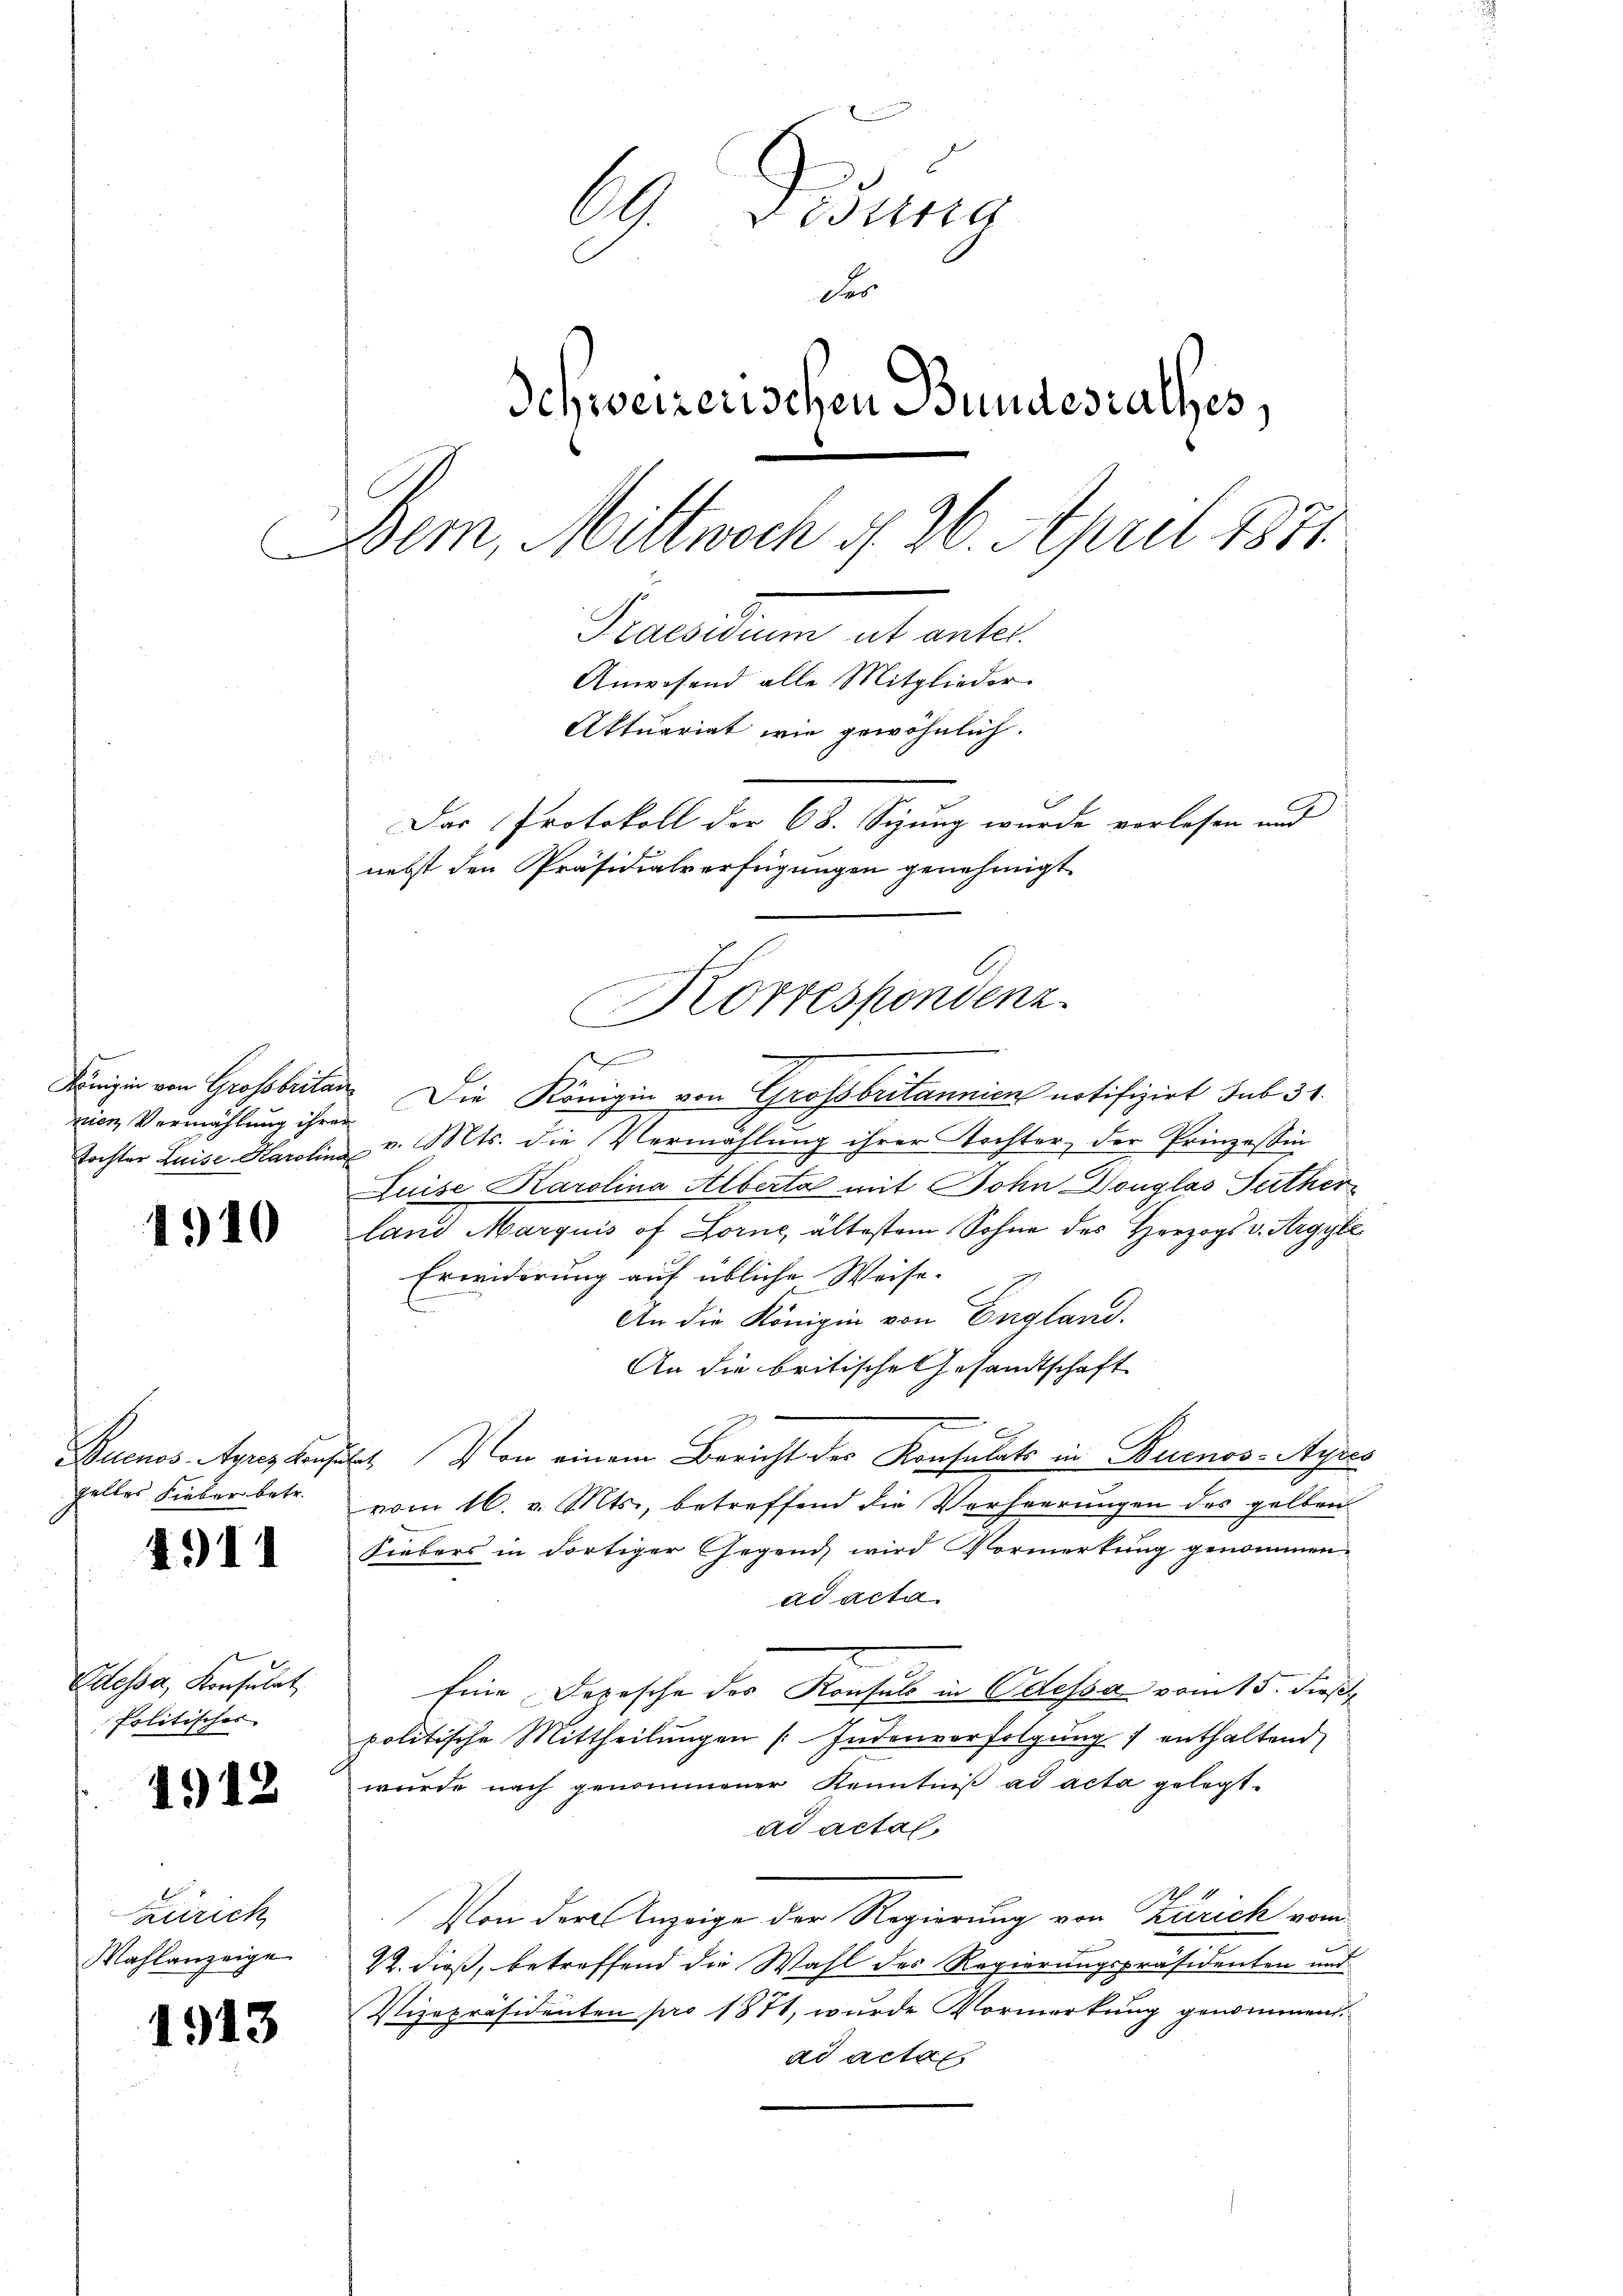
nien Vermählung ihrer

1940

geltes Fieber betr.

1911

Odessa, Konsulat
Politisches
1912

Zürich
Mahlanzeige

1913

69. Disung
Der
Schweizerischen Bundesrathes,
Bem, Mittwoch d. 26. April 1871.
Streitung als einter
Anwesend alle Mitglieder
Aktuariat wie gewöhnlich.
Das Protokoll der 68. Sizung wurde vorlesen und
nebst den Präsidialverfügungen genehmigt.

x
Königer von Grossbritan Die Königin von Grossbritannien notifizirt sub 31.
Tochter Luise Harolina v. Mts. die Vermählung ihrer Tochter, der Prinzessin
Luise Karolina Alberta mit Bohn Douglas Seither
land Marquis of Lorne, ältestem Sohne des Herzogs v. Argyée
Erwiderung auf übliche Weise.
An die Königin von England.
An die britische Gesandtschaft
Buenos-Ayres konsulat Von einem Bericht des Konsulats in Buenos-Ayres
vom 16. v. Mts., betreffend die Verheerungen des gelben
Siebers in dortiger Gegend wird Vormerkung genommen.
ad acta
Eine Depesche des Konsuls in Odessa vom 15. dieß
politische Mittheilŭngen Indenverfolgŭng : enthaltend
wurde nach genommener Kenntniß ad acta gelegt.
ad actal
Von der Anzeige der Regierung von Zürich vom
22. dieß, betreffend die Wahl des Regierungspräsidenten und
Vizepräsidenten pro 1871, wurde Vormerkung genommend.
ad actat

verweigerung einer
Korrespondenz.